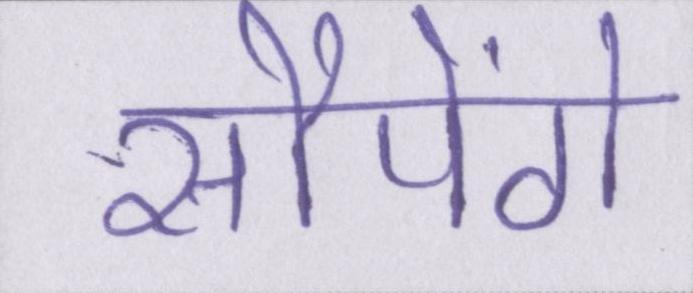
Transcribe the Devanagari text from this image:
सौपेंगे